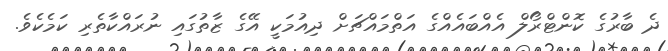
ދެ ބާރުގެ ކޮންޓްރޯލް އެއްބައެއްގެ އަތްމައްޗަށް ދިއުމަކީ އޭގެ ޒާތުގައި ނުރައްކާތެރި ކަމެކެވެ.